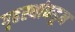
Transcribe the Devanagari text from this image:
गृहस्थांकडून